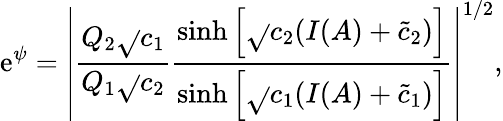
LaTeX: \mathrm{e}^{\psi}=\left|\frac{{Q_{2}\sqrt{}{{c_{1}}}}}{{Q_{1}\sqrt{}{{c_{2}}}}}\frac{{\sinh\left[\sqrt{}{{c_{2}}}(I(A)+\tilde{{c}}_{2})\right]}}{{\sinh\left[\sqrt{}{{c_{1}}}(I(A)+\tilde{{c}}_{1})\right]}}\right|^{1/2},